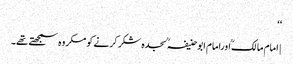
‘‘
| امام مالکؒ اورامام ابوحنیفہؒ سجدہ شکر کرنے کو مکروہ سمجھتے تھے۔